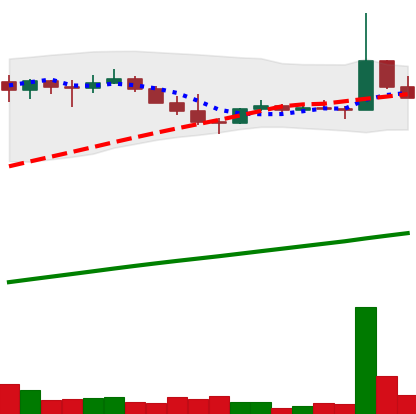
Ticker: DOGE-USD
Chart end date: 2021-04-03
Forward return: 10.143%
Label: up_7plus